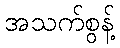
အသက်စွန့်